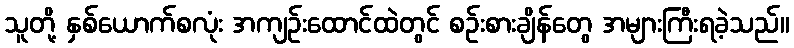
သူတို့ နှစ်ယောက်စလုံး အကျဉ်းထောင်ထဲတွင် စဉ်းစားချိန်တွေ အများကြီးရခဲ့သည်။